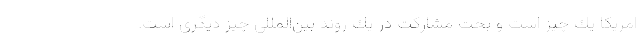
امريكا يك چيز است و بحث مشاركت در يك روند بين‌المللي چيز ديگري است.